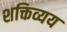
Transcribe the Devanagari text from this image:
शक्तिव्यय